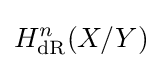
H_{\text{dR}}^{n}(X/Y)